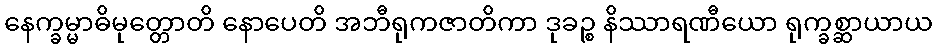
နေက္ခမ္မာဓိမုတ္တောတိ နောပေတိ အဘီရုကဇာတိကာ ဒုခဉ္စ နိဿာရဏီယော ရုက္ခစ္ဆာယာယ